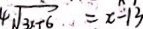
4 \sqrt { 3 x + 6 } = x - 1 3